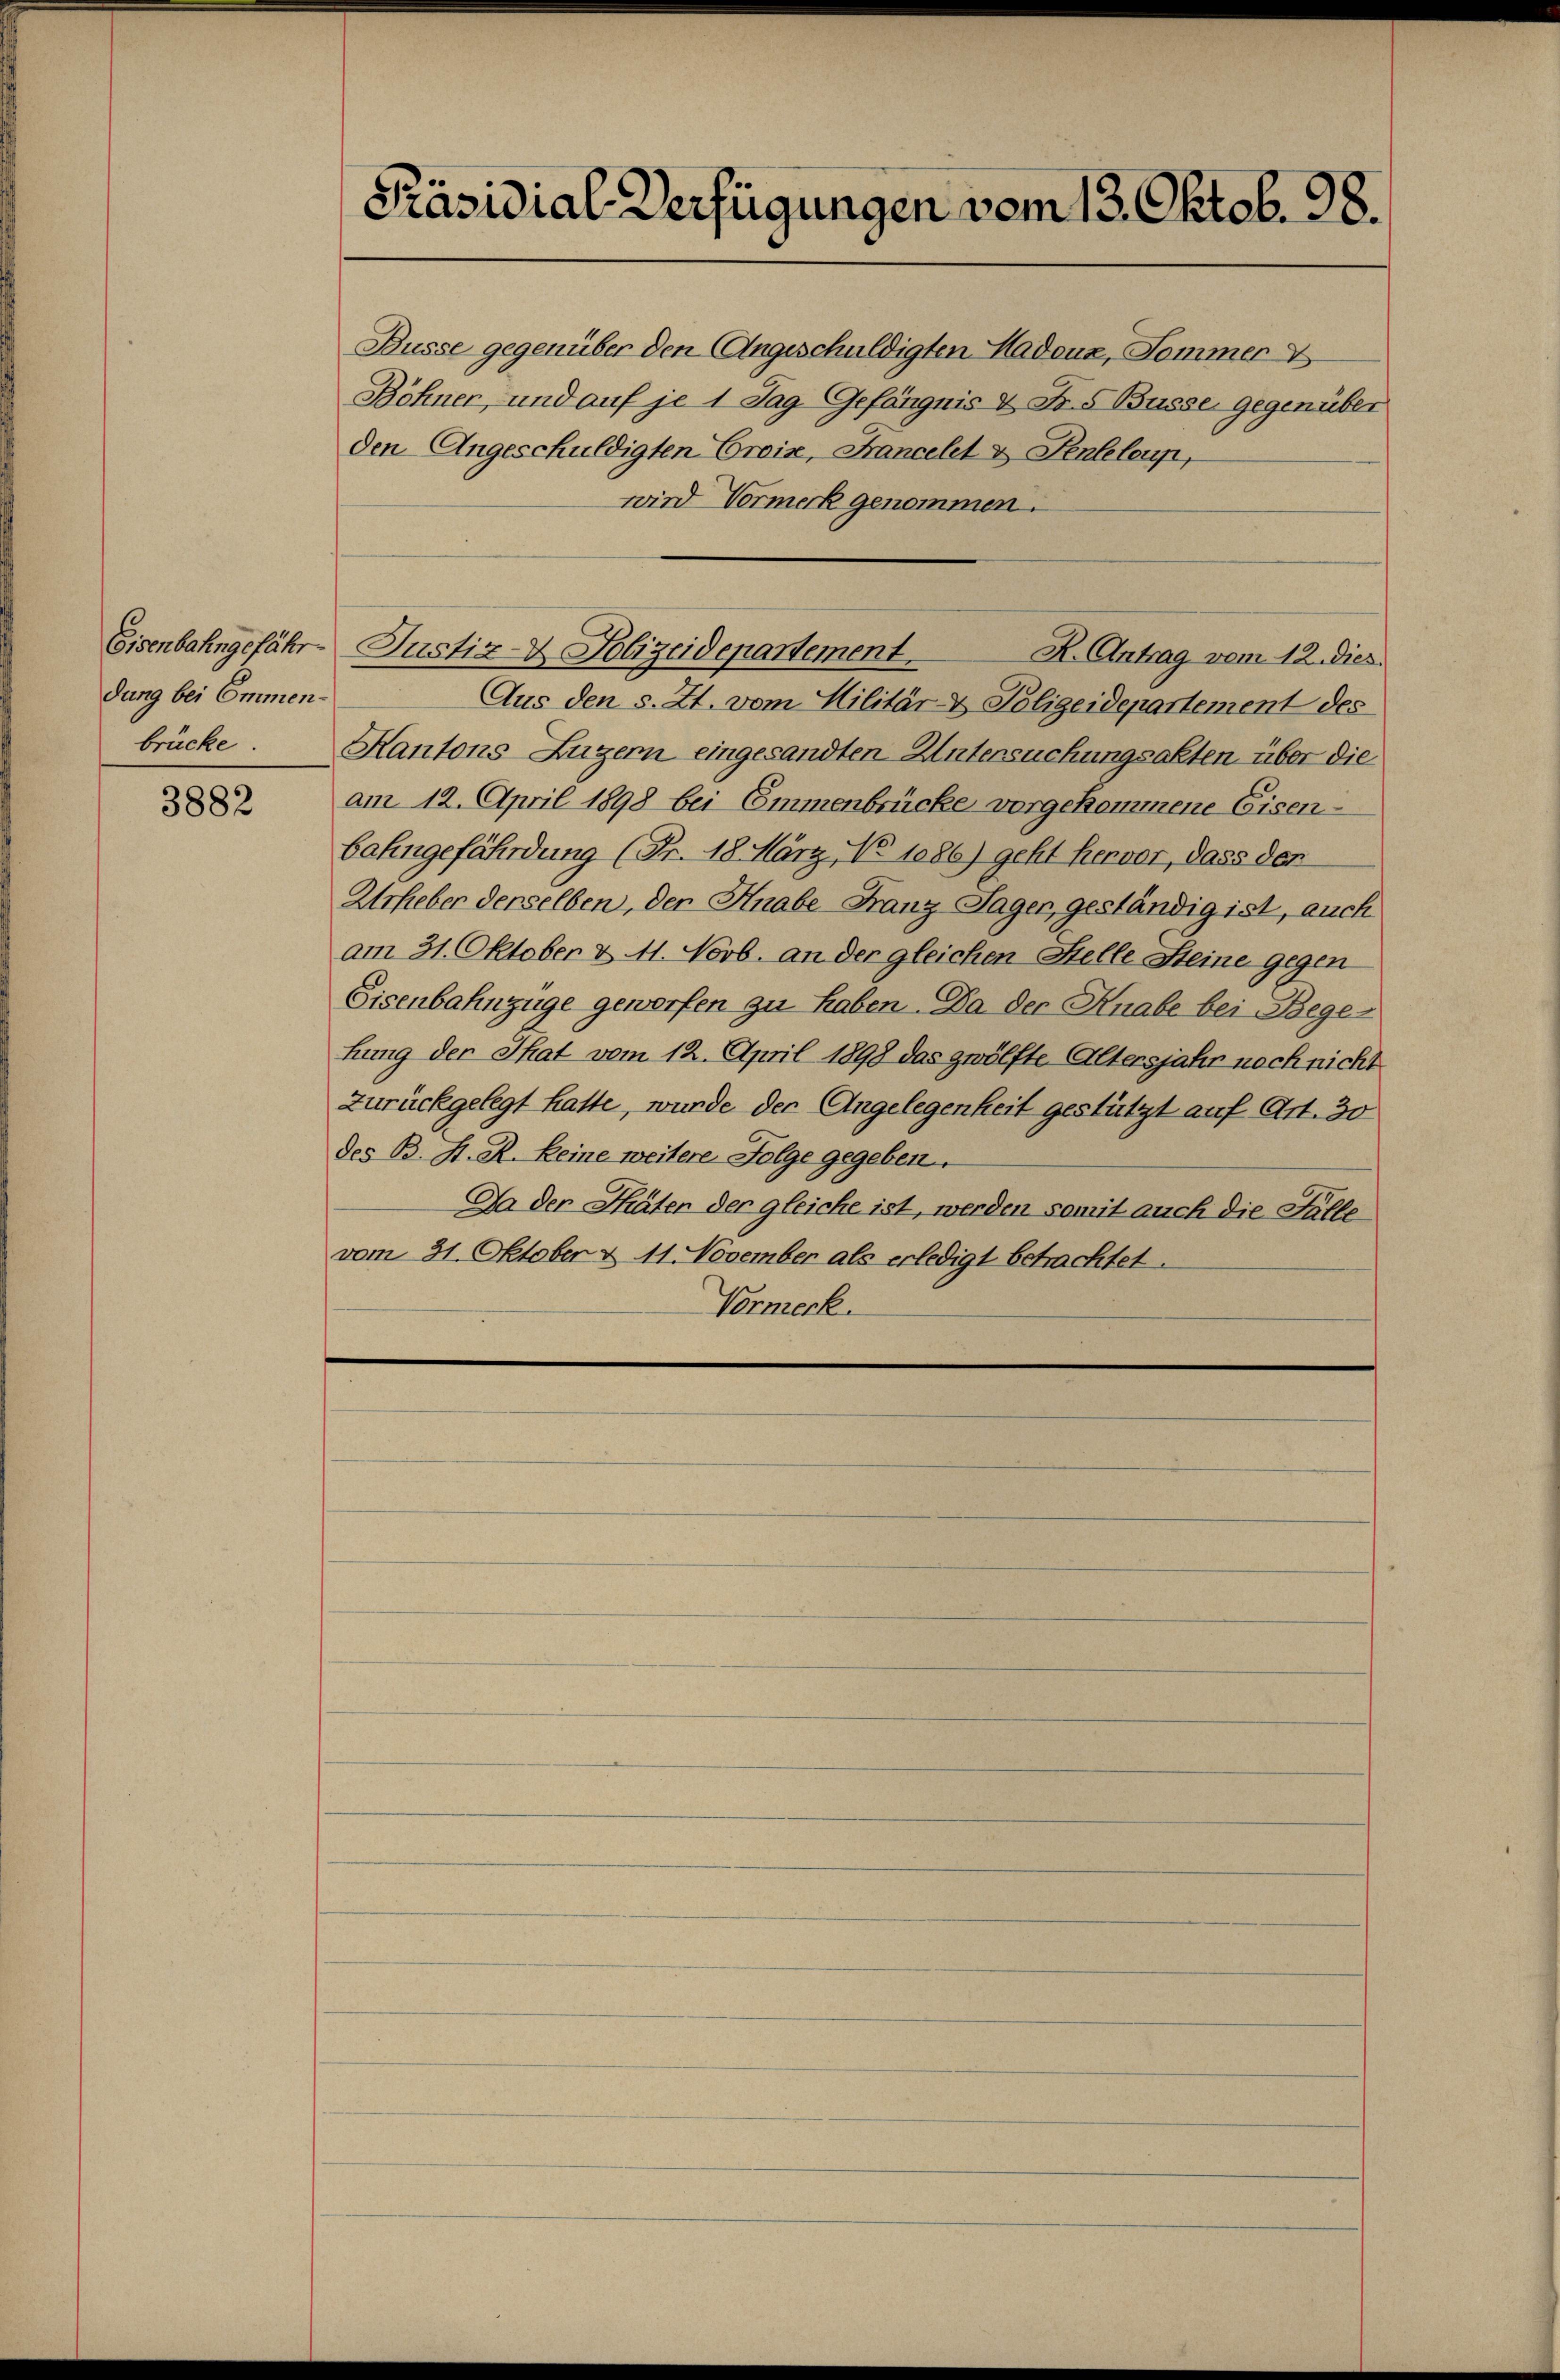
Eisenbahngefähr
dung bei Emmenbrücke.

3882

Präsidial-Verfügungen vom 13. Oktob. 98.

Büsse gegenüber den Angeschuldigten Madeus, Sommer V
Böhner, und auf je 1 Tag Gefängnis & Fr. 5 Büsse gegenüber
den Angeschuldigten Crois, Krancelet & Penteloup,
wird Vormerk genommen.
Aus den s. Zt. vom Militär- & Polizeidepartement des
Kantons Luzern eingesandten Untersuchungsakten über die
am 12. April 1898 bei Emmenbrücke vorgekommene Eisenbahngefährdung (Fr. 18. März, No 1086) geht hervor, dass der
Urheber derselben, der Hnabe Franz Tagen, geständig ist, auch
am 31. Oktober & 11. Novb. an der gleichen Stelle Steine gegen
Eisenbahnzüge geworfen zu haben - Da der Knabe bei Beger
hung der That vom 12. April 1898 das zwölfte Altersjahr noch nicht
zurückgelegt hatte, wurde der Angelegenheit gestützt auf Art. 30
des B. H. R. keine weitere Folge gegeben.
Da der Thäter der gleiche ist, werden somit auch die Fälle
vom 31. Oktober & 11. November als erledigt betrachtet.
Vormerk.

Justiz- & Polizeidepartement.
R. Antrag vom 12. dies